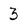
Character: 3